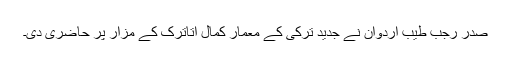
صدر رجب طیب اردوان نے جدید ترکی کے معمار کمال اتاترک کے مزار پر حاضری دی۔